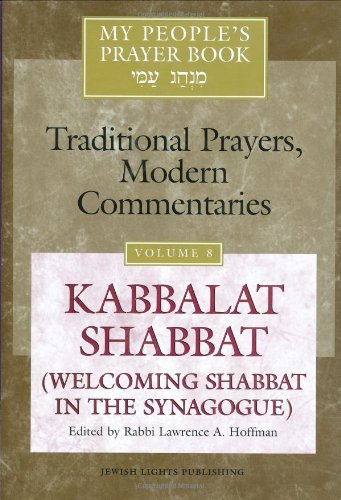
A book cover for My People's Prayer Book, Vol. 8: Kabbalat ShabbatÂ (Welcoming Shabbat in the Synagogue); Religion & Spirituality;